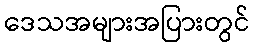
ဒေသအများအပြားတွင်